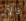
فالآن